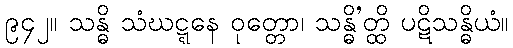
၉၄၂။ သန္ဓိ သံဃဋ္ဋနေ ဝုတ္တော၊ သန္ဓိ’တ္ထိ ပဋိသန္ဓိယံ။